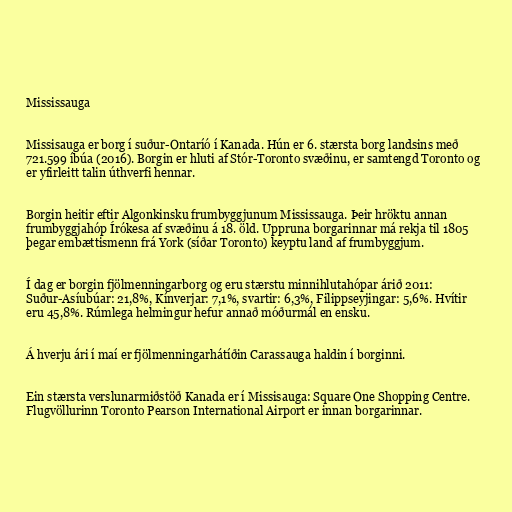
Mississauga

Missisauga er borg í suður-Ontaríó í Kanada. Hún er 6. stærsta borg landsins með
721.599 íbúa (2016). Borgin er hluti af Stór-Toronto svæðinu, er samtengd Toronto og
er yfirleitt talin úthverfi hennar.

Borgin heitir eftir Algonkinsku frumbyggjunum Mississauga. Þeir hröktu annan
frumbyggjahóp Írókesa af svæðinu á 18. öld. Uppruna borgarinnar má rekja til 1805
þegar embættismenn frá York (síðar Toronto) keyptu land af frumbyggjum.

Í dag er borgin fjölmenningarborg og eru stærstu minnihlutahópar árið 2011:
Suður-Asíubúar: 21,8%, Kínverjar: 7,1%, svartir: 6,3%, Filippseyjingar: 5,6%. Hvítir
eru 45,8%. Rúmlega helmingur hefur annað móðurmál en ensku.

Á hverju ári í maí er fjölmenningarhátíðin Carassauga haldin í borginni.

Ein stærsta verslunarmiðstöð Kanada er í Missisauga: Square One Shopping Centre.
Flugvöllurinn Toronto Pearson International Airport er innan borgarinnar.